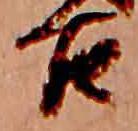
古